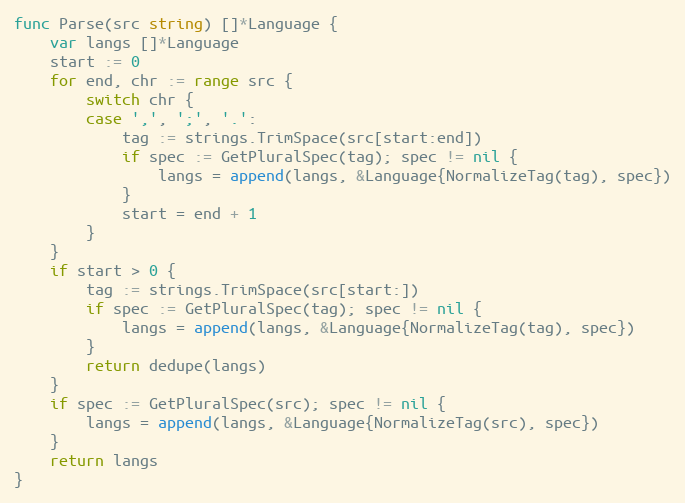
Language: Go
func Parse(src string) []*Language {
	var langs []*Language
	start := 0
	for end, chr := range src {
		switch chr {
		case ',', ';', '.':
			tag := strings.TrimSpace(src[start:end])
			if spec := GetPluralSpec(tag); spec != nil {
				langs = append(langs, &Language{NormalizeTag(tag), spec})
			}
			start = end + 1
		}
	}
	if start > 0 {
		tag := strings.TrimSpace(src[start:])
		if spec := GetPluralSpec(tag); spec != nil {
			langs = append(langs, &Language{NormalizeTag(tag), spec})
		}
		return dedupe(langs)
	}
	if spec := GetPluralSpec(src); spec != nil {
		langs = append(langs, &Language{NormalizeTag(src), spec})
	}
	return langs
}